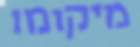
מיקומו